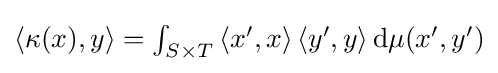
{\textstyle \left\langle \kappa (x),y\right\rangle =\int _{S\times T}\left\langle x',x\right\rangle \left\langle y',y\right\rangle \mathrm {d} \mu \!\left(x',y'\right)}